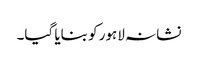
نشانہ لاہور کو بنایا گیا۔